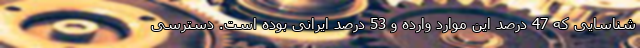
شناسایی که 47 درصد این موارد وارده و 53 درصد ایرانی بوده است. دسترسی